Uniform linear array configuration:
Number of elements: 32
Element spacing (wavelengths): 0.75
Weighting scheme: uniform
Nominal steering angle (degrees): -30
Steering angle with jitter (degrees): -28.236
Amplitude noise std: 0.05
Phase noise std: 0.05

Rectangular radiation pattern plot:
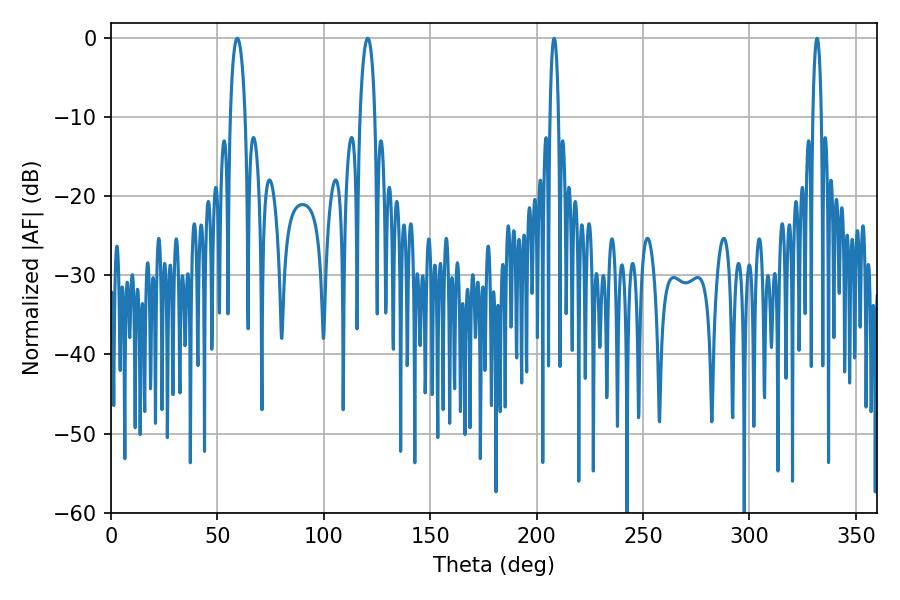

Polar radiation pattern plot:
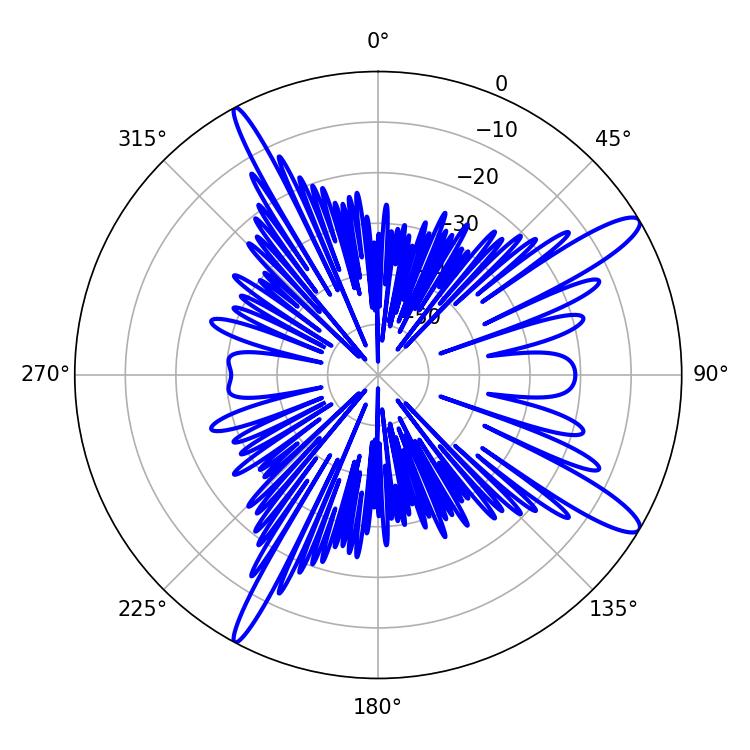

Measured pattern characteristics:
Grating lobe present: TRUE
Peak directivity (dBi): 13.195
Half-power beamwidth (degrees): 3.96
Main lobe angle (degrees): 59.4